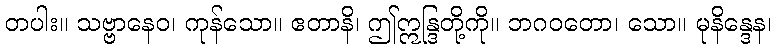
တပါး။ သဗ္ဗာနေဝ၊ ကုန်သော။ ဧတာနိ၊ ဤဣန္ဒြတို့ကို။ ဘဂဝတော၊ သော။ မုနိန္ဒေန၊